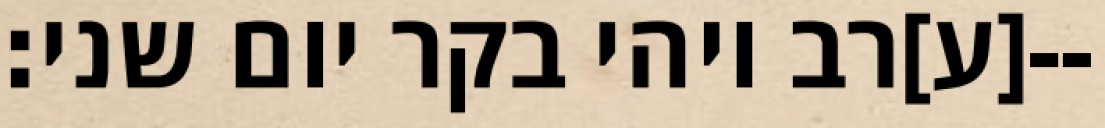
[ע]רב ויהי בקר יום שני׃--